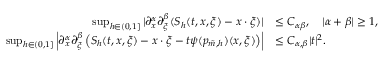
\begin{array} { r l } { \operatorname* { s u p } _ { h \in ( 0 , 1 ] } | \partial _ { x } ^ { \alpha } \partial _ { \xi } ^ { \beta } ( S _ { h } ( t , x , \xi ) - x \cdot \xi ) | } & { \leq C _ { \alpha \beta } , \quad | \alpha + \beta | \geq 1 , } \\ { \operatorname* { s u p } _ { h \in ( 0 , 1 ] } \left| \partial _ { x } ^ { \alpha } \partial _ { \xi } ^ { \beta } \left( S _ { h } ( t , x , \xi ) - x \cdot \xi - t \psi ( p _ { \tilde { m } , h } ) ( x , \xi ) \right) \right| } & { \leq C _ { \alpha , \beta } | t | ^ { 2 } . } \end{array}